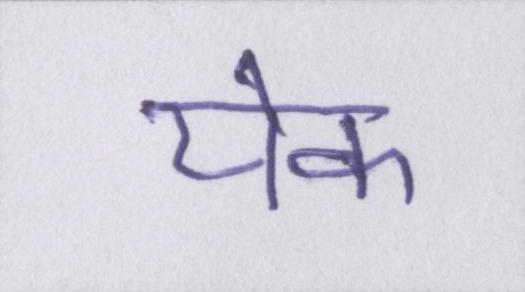
येक